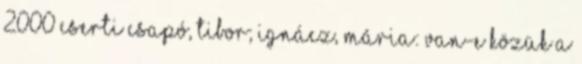
2000 Cserti Csapó, Tibor; Ignácz, Mária: Van-e közük a